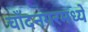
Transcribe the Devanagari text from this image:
चाँदनगरमध्ये